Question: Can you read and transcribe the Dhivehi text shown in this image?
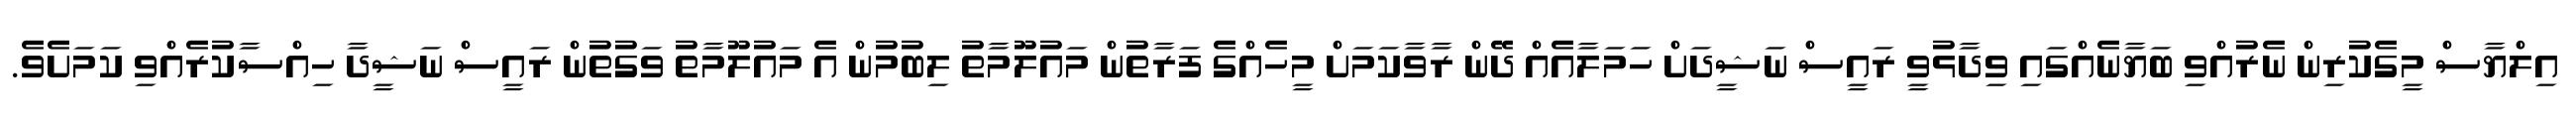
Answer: އިލްޔާސް މީގެކުރިން ނެރުއްވި ބަޔާނެއްގައި ވިދާޅުވީ ރައީސް ނަޝީދަށް ހަމަލާއެއް ދޭން ރާވާކަމަށް މީހެއްގެ ފަރާތުން މައުލޫމާތު ލިބުމުން އެ މައުލޫމާތު ވަގުތުން ރައީސް ނަޝީދާ ހިއްސާކުރެއްވި ކަމަށެވެ.